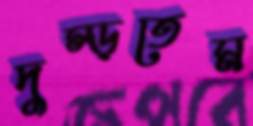
দুম্‌ড়তেম